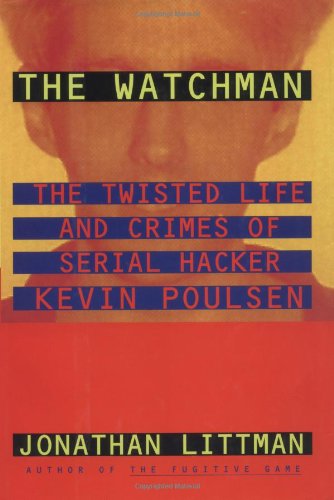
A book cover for The Watchman: The Twisted Life and Crimes of Serial Hacker Kevin Poulsen; Jonathan Littman; Computers & Technology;